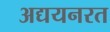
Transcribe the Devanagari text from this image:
अद्ययनरत